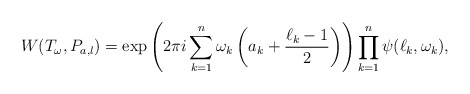
\begin{align*} W ( T_{\omega}, P_{a,l} ) = \exp \left( 2 \pi i \sum_{k=1}^{n} \omega_k \left( a_k + \frac{\ell_k-1}{2} \right) \right) \prod_{k=1}^{n} \psi(\ell_k, \omega_k),\end{align*}